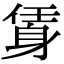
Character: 𨉃